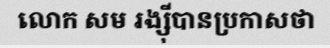
លោក សម រង្ស៊ីបានប្រកាសថា